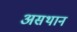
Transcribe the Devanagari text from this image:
असथान